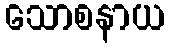
သောစနာယ